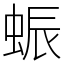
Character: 蜄